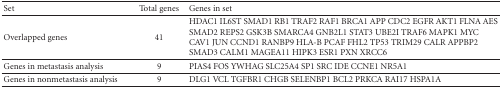
<table><thead><tr><td><b>Set</b></td><td><b> Total genes</b></td><td><b> Genes in set</b></td></tr></thead><tbody><tr><td> Overlapped genes</td><td> 41</td><td> HDAC1 IL6ST SMAD1 RB1 TRAF2 RAF1 BRCA1 APP CDC2 EGFR AKT1 FLNA AES SMAD2 REPS2 GSK3B SMARCA4 GNB2L1 STAT3 UBE2I TRAF6 MAPK1 MYC CAV1 JUN CCND1 RANBP9 HLA-B PCAF FHL2 TP53 TRIM29 CALR APPBP2 SMAD3 CALM1 MAGEA11 HIPK3 ESR1 PXN XRCC6 </td></tr><tr><td> Genes in metastasis analysis</td><td> 9</td><td> PIAS4 FOS YWHAG SLC25A4 SP1 SRC IDE CCNE1 NR5A1 </td></tr><tr><td> Genes in nonmetastasis analysis</td><td> 9</td><td> DLG1 VCL TGFBR1 CHGB SELENBP1 BCL2 PRKCA RAI17 HSPA1A</td></tr></tbody></table>